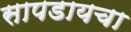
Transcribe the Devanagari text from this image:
सापडायचा